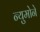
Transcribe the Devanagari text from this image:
न्युमोने